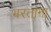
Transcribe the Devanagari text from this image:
भरतांना